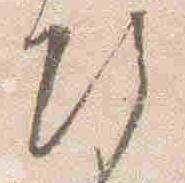
次